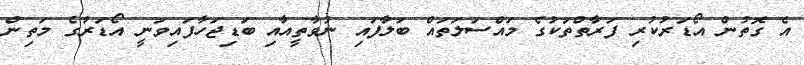
އެ ގޮތުން އޯޑަރުކުރި ފަރާތްތަކުގެ މައްސަލަތައް ބަލާފައި ނުވާތީއާއި ބަޑިޖަހާފައިވަނީ އޯޑަރުގެ މަތިން